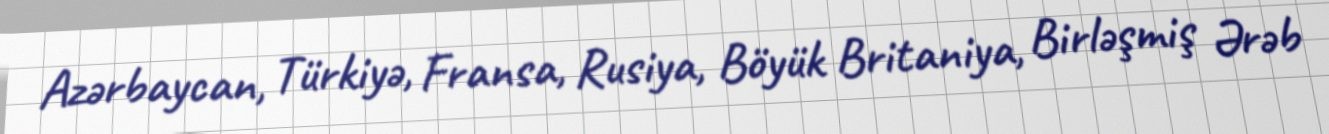
Azərbaycan, Türkiyə, Fransa, Rusiya, Böyük Britaniya, Birləşmiş Ərəb